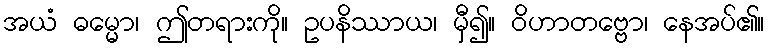
အယံ ဓမ္မော၊ ဤတရားကို။ ဥပနိဿာယ၊ မှီ၍။ ဝိဟာတဗ္ဗော၊ နေအပ်၏။